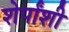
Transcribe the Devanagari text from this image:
शेर्पांशी